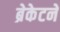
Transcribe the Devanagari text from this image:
ब्रेकेटने